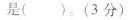
是()。(3分)